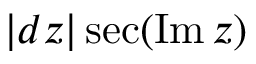
| d z | \sec ( \operatorname { I m } z )